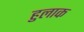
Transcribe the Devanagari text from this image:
हुलाक